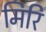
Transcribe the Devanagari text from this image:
मिरि